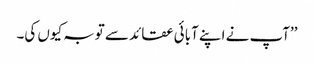
’’آپ نے اپنے آبائی عقائد سے توبہ کیوں کی۔